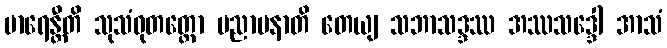
မာရေန္တီတိ သုသံဝုတတ္တော ပညာပနာတိ တေယျ သဘာသဒ္ဒဿ အဿသဒ္ဒေါ အာသံ